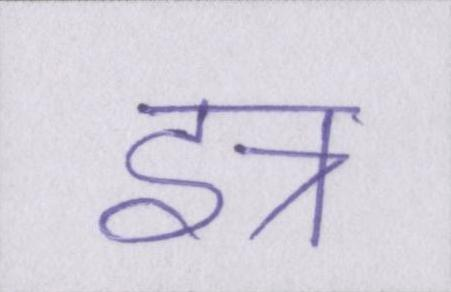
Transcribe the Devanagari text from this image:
इत्र